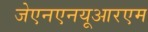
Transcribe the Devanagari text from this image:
जेएनएनयूआरएम